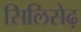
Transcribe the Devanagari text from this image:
सिलिसेढ़